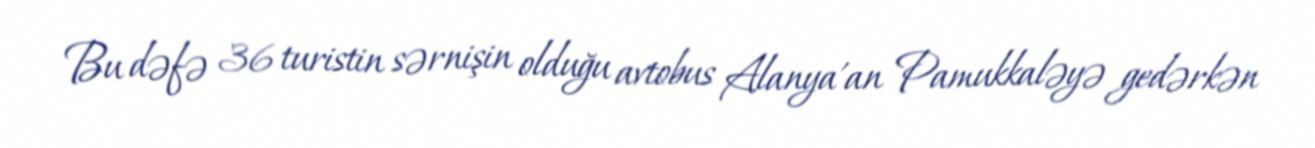
Bu dəfə 36 turistin sərnişin olduğu avtobus Alanya'an Pamukkaləyə gedərkən